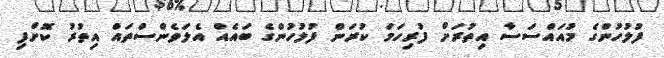
ފުލުހުންގެ މުއައްސަސާ އިތުރަށް ފުރިހަމަ ކުރަން ފުލުހުންގެ ބައެއް އެލަވެންސްތައް އިތުރު ކޮށްފި